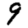
Digit: 9